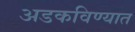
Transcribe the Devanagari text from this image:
अडकविण्यात